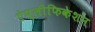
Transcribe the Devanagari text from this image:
एंप्लीफिकेशन